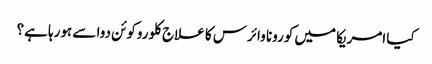
کیا امریکا میں کورونا وائرس کا علاج کلوروکوئن دوا سے ہورہا ہے؟